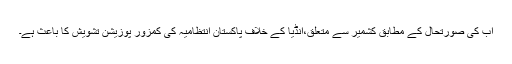
اب کی صورتحال کے مطابق کشمیر سے متعلق،انڈیا کے خلاف پاکستان انتظامیہ کی کمزور پوزیشن تشویش کا باعث ہے۔